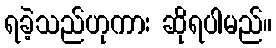
ရခဲ့သည်ဟုကား ဆိုရပါမည်။